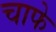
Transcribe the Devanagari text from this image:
चाफे